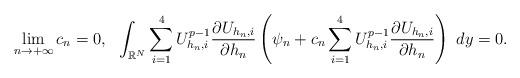
LaTeX: \begin{align*}\lim_{n\to+\infty}c_n=0,\ \ \int_{\mathbb{R}^N}\sum_{i=1}^4 U_{h_n,i}^{p-1} \frac{\partial U_{h_n,i}}{\partial h_n} \left(\psi_n+c_n\sum_{i=1}^4 U_{h_n,i}^{p-1} \frac{\partial U_{h_n,i}}{\partial h_n}\right)~dy = 0.\end{align*}